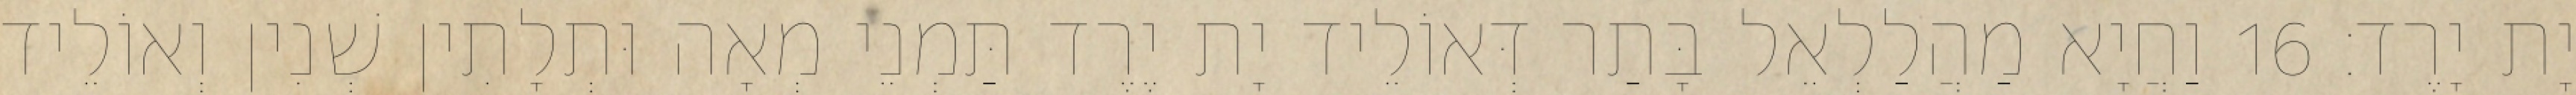
יָת יָרֶד׃ 16 וַחֲיָא מַהֲלַלְאֵל בָּתַר דְּאוֹלֵיד יָת יֶרֶד תַּמְנֵי מְאָה וּתְלָתִין שְׁנִין וְאוֹלֵיד